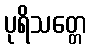
ပုရိသတ္တေ